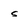
Character: s